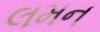
લમન